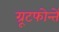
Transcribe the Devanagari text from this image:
ग्रूटफोन्तें